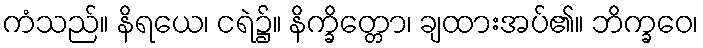
ကံသည်။ နိရယေ၊ ငရဲ၌။ နိက္ခိတ္တော၊ ချထားအပ်၏။ ဘိက္ခဝေ၊